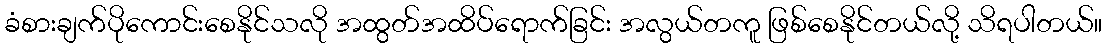
ခံစားချက်ပိုကောင်းစေနိုင်သလို အထွတ်အထိပ်ရောက်ခြင်း အလွယ်တကူ ဖြစ်စေနိုင်တယ်လို့ သိရပါတယ်။